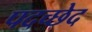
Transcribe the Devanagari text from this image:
पदच्‍छेद